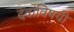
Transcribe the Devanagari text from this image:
देवांविषयी